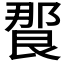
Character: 𰻸